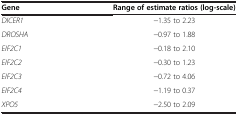
<table><thead><tr><td><b>Gene</b></td><td><b>Range of estimate ratios (log-scale)</b></td></tr></thead><tbody><tr><td><i>DICER1</i></td><td>−1.35 to 2.23</td></tr><tr><td><i>DROSHA</i></td><td>−0.97 to 1.88</td></tr><tr><td><i>EIF2C1</i></td><td>−0.18 to 2.10</td></tr><tr><td><i>EIF2C2</i></td><td>−0.30 to 1.23</td></tr><tr><td><i>EIF2C3</i></td><td>−0.72 to 4.06</td></tr><tr><td><i>EIF2C4</i></td><td>−1.19 to 0.37</td></tr><tr><td><i>XPO5</i></td><td>−2.50 to 2.09</td></tr></tbody></table>